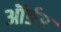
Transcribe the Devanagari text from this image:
ऑर्ङर